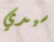
سيدي